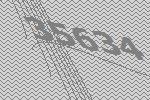
35634